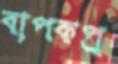
বাপকপ্র